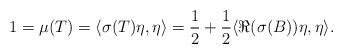
LaTeX: \begin{align*}1 = \mu(T) = \langle \sigma(T) \eta, \eta \rangle = \frac{1}{2} + \frac{1}{2} \langle \Re(\sigma(B)) \eta, \eta \rangle.\end{align*}